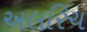
અલરિચ